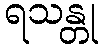
ရသန္တု